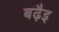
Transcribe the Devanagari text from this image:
बढ़ैइ